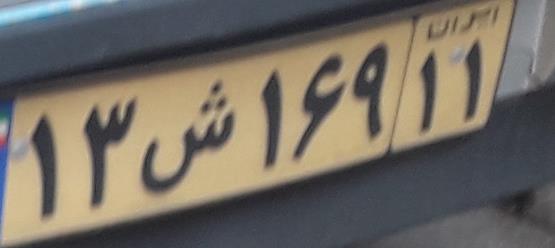
۱۳ش۱۶۹۱۱